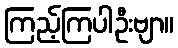
ကြည့်ကြပါဦးဗျာ။